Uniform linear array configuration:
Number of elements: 24
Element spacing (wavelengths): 0.25
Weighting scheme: blackman
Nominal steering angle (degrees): -30
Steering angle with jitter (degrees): -29.222
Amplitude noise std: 0.05
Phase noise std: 0.05

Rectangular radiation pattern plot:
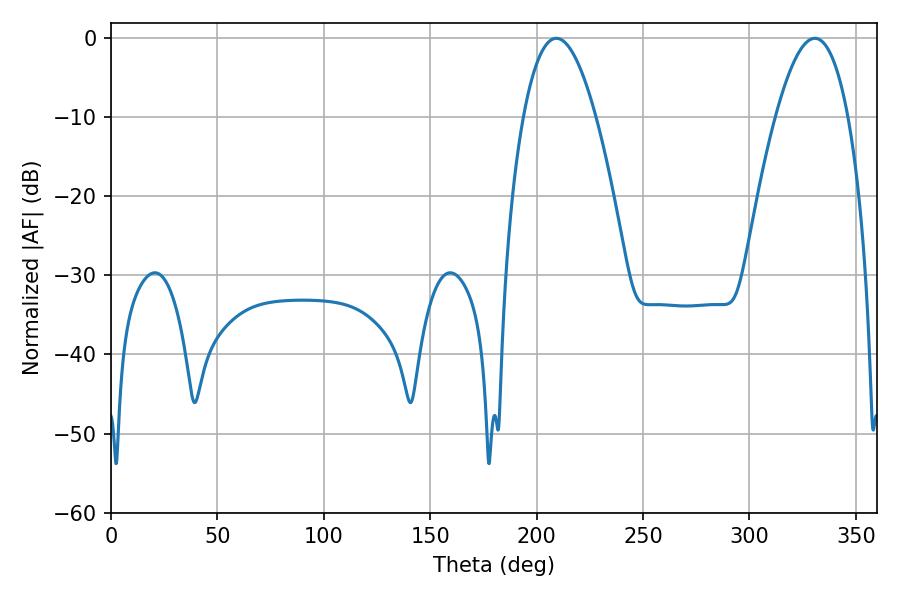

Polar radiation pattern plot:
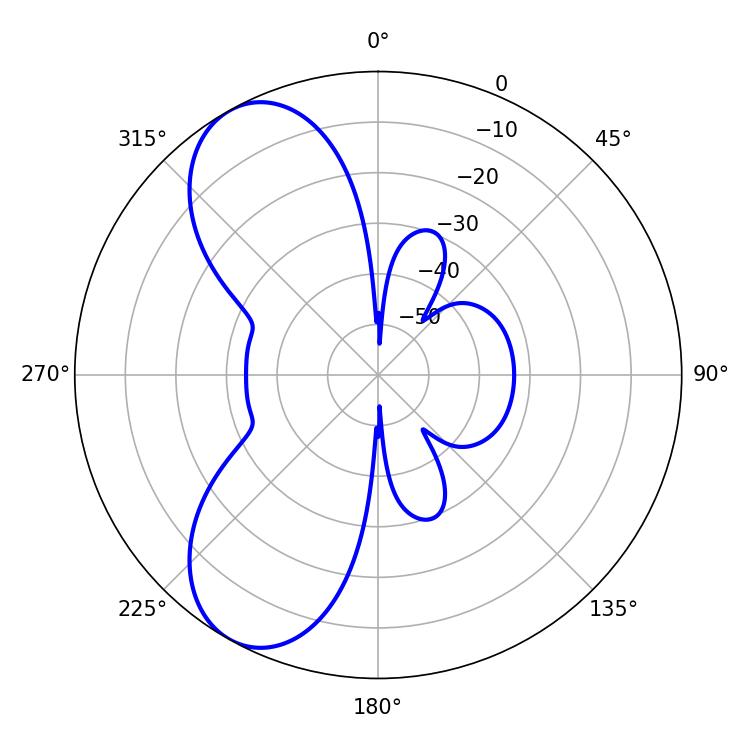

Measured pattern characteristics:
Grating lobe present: FALSE
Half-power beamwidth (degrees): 18.72
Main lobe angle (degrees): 209.34